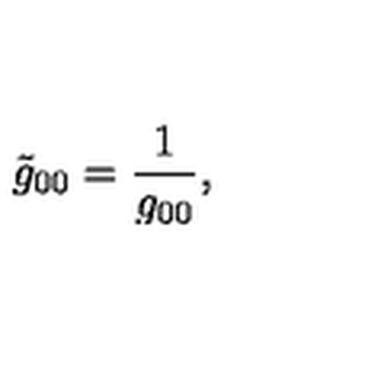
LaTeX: { \tilde { g } _ { 0 0 } } = \frac { 1 } { \Huge g _ { 0 0 } } ,